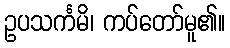
ဥပသင်္ကမိ၊ ကပ်တော်မူ၏။